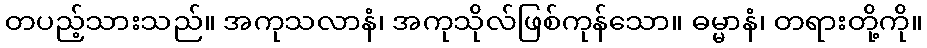
တပည့်သားသည်။ အကုသလာနံ၊ အကုသိုလ်ဖြစ်ကုန်သော။ ဓမ္မာနံ၊ တရားတို့ကို။